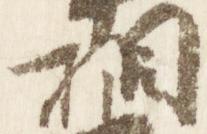
相